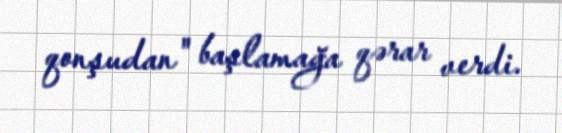
qonşudan" başlamağa qərar verdi.